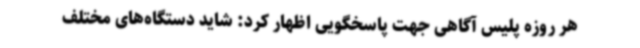
هر روزه پلیس آگاهی جهت پاسخگویی اظهار کرد: شاید دستگاه‌های مختلف